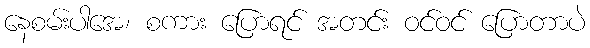
နေစမ်းပါအေ၊ စကား ပြောရင် အတင်း ဝင်ဝင် ပြောတာပဲ